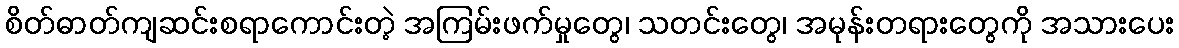
စိတ်ဓာတ်ကျဆင်းစရာကောင်းတဲ့ အကြမ်းဖက်မှုတွေ၊ သတင်းတွေ၊ အမုန်းတရားတွေကို အသားပေး